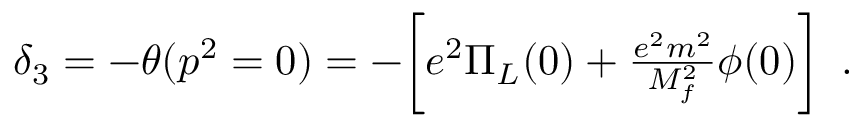
\begin{array} { r } { \delta _ { 3 } = - \theta ( p ^ { 2 } = 0 ) = - \biggl [ e ^ { 2 } \Pi _ { L } ( 0 ) + \frac { e ^ { 2 } m ^ { 2 } } { M _ { f } ^ { 2 } } \phi ( 0 ) \biggr ] \, \ . } \end{array}